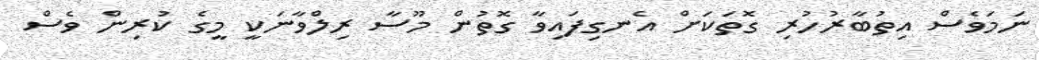
ނަމަވެސް އިތުބާރުހުރި ގޮތަކަށް އެނގިފައިވާ ގޮތުން މޫސާ ރިލްވާނަކީ މީގެ ކުރިން ވެސް